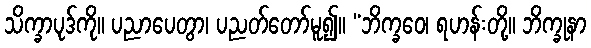
သိက္ခာပုဒ်ကို။ ပညာပေတွာ၊ ပညတ်တော်မူ၍။ “ဘိက္ခဝေ၊ ရဟန်းတို့။ ဘိက္ခုနာ